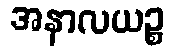
အနာလယဉ္စ